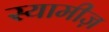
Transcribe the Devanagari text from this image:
स्यामीज़